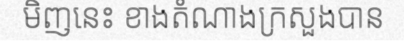
មិញនេះ ខាងតំណាងក្រសួងបាន